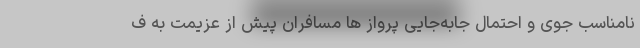
نامناسب جوی و احتمال جابه‌جایی پرواز ها مسافران پیش از عزیمت به ف